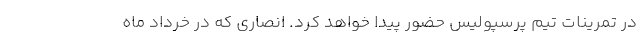
در تمرینات تیم پرسپولیس حضور پیدا خواهد کرد. انصاری که در خرداد ماه